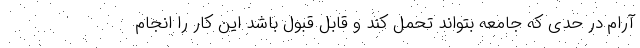
آرام در حدی که جامعه بتواند تحمل کند و قابل قبول باشد این کار را انجام